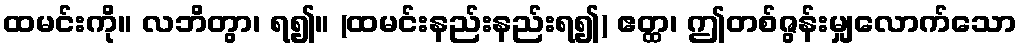
ထမင်းကို။ လဘိတွာ၊ ရ၍။ (ထမင်းနည်းနည်းရ၍) ဧတ္ထ၊ ဤတစ်ဇွန်းမျှလောက်သော